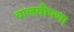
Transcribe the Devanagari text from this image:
वाजवीपणा